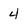
Character: 4